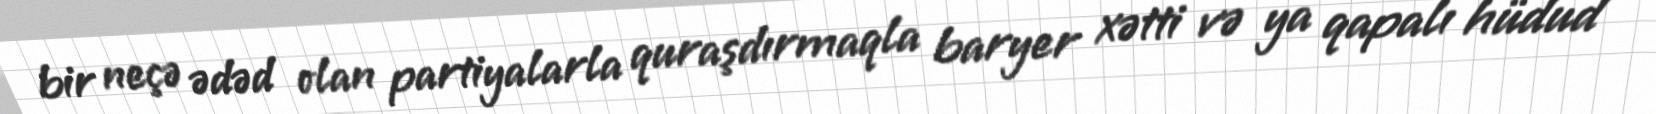
bir neçə ədəd olan partiyalarla quraşdırmaqla baryer xətti və ya qapalı hüdud